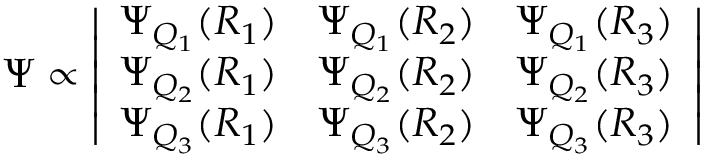
\Psi \propto \left| \begin{array} { c c c } { \Psi _ { Q _ { 1 } } ( R _ { 1 } ) } & { \Psi _ { Q _ { 1 } } ( R _ { 2 } ) } & { \Psi _ { Q _ { 1 } } ( R _ { 3 } ) } \\ { \Psi _ { Q _ { 2 } } ( R _ { 1 } ) } & { \Psi _ { Q _ { 2 } } ( R _ { 2 } ) } & { \Psi _ { Q _ { 2 } } ( R _ { 3 } ) } \\ { \Psi _ { Q _ { 3 } } ( R _ { 1 } ) } & { \Psi _ { Q _ { 3 } } ( R _ { 2 } ) } & { \Psi _ { Q _ { 3 } } ( R _ { 3 } ) } \end{array} \right|